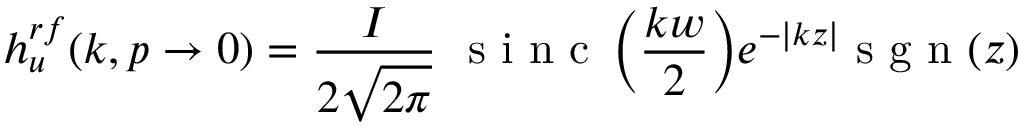
{ h } _ { u } ^ { r f } ( k , p \rightarrow 0 ) = \frac { I } { 2 \sqrt { 2 \pi } } { ~ \textrm { s i n c } \left( \frac { k w } { 2 } \right) } e ^ { - \left| k z \right| } \textrm { s g n } ( z )